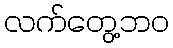
လက်တွေ့ဘဝ